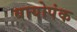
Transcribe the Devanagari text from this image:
बायोपंक